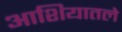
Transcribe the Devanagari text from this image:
आशियातले